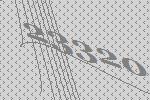
23320